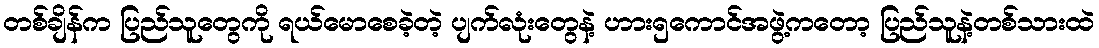
တစ်ချိန်က ပြည်သူတွေကို ရယ်မောစေခဲ့တဲ့ ပျက်လုံးတွေနဲ့ ဟား၅ကောင်အဖွဲ့ကတော့ ပြည်သူနဲ့တစ်သားထဲ